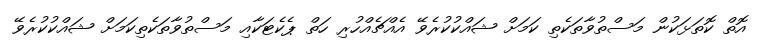
އޮތް ކޮތަޅަކުން މަސްތުވާތަކެތި ކަމަށް ޝައްކުކުރެވޭ އެއްޗެއްހުރި ހަތް ޕެކެޓަކާއި މަސްތުވާތަކެތިކަމަށް ޝައްކުކުރެވޭ